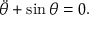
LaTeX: \ddot { \theta } + \sin \theta = 0 .